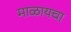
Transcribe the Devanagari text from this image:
माळायचा